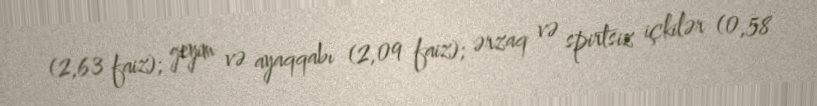
(2,63 faiz); geyim və ayaqqabı (2,09 faiz); ərzaq və spirtsiz içkilər (0,58